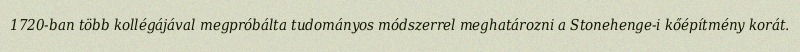
1720-ban több kollégájával megpróbálta tudományos módszerrel meghatározni a Stonehenge-i kőépítmény korát.